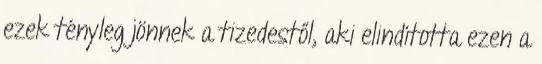
ezek tényleg jönnek a tizedestől, aki elindította ezen a